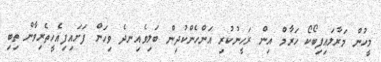
މީހުން މަރާލައިފިބޯކޯ ހަރާމް އިން ރަހީނުކުރި އަންހެންކުދިން ބަލިވެއިނދެ ވިހަން ފަށައިފިއެހީތެރިވާން ތިބި